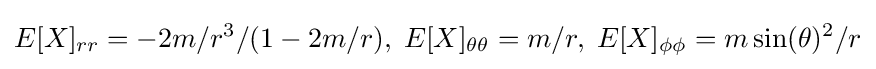
E[X]_{rr}=-2m/r^{3}/(1-2m/r),\;E[X]_{\theta \theta }=m/r,\;E[X]_{\phi \phi }=m\sin(\theta )^{2}/r